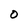
Character: 0